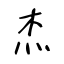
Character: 杰